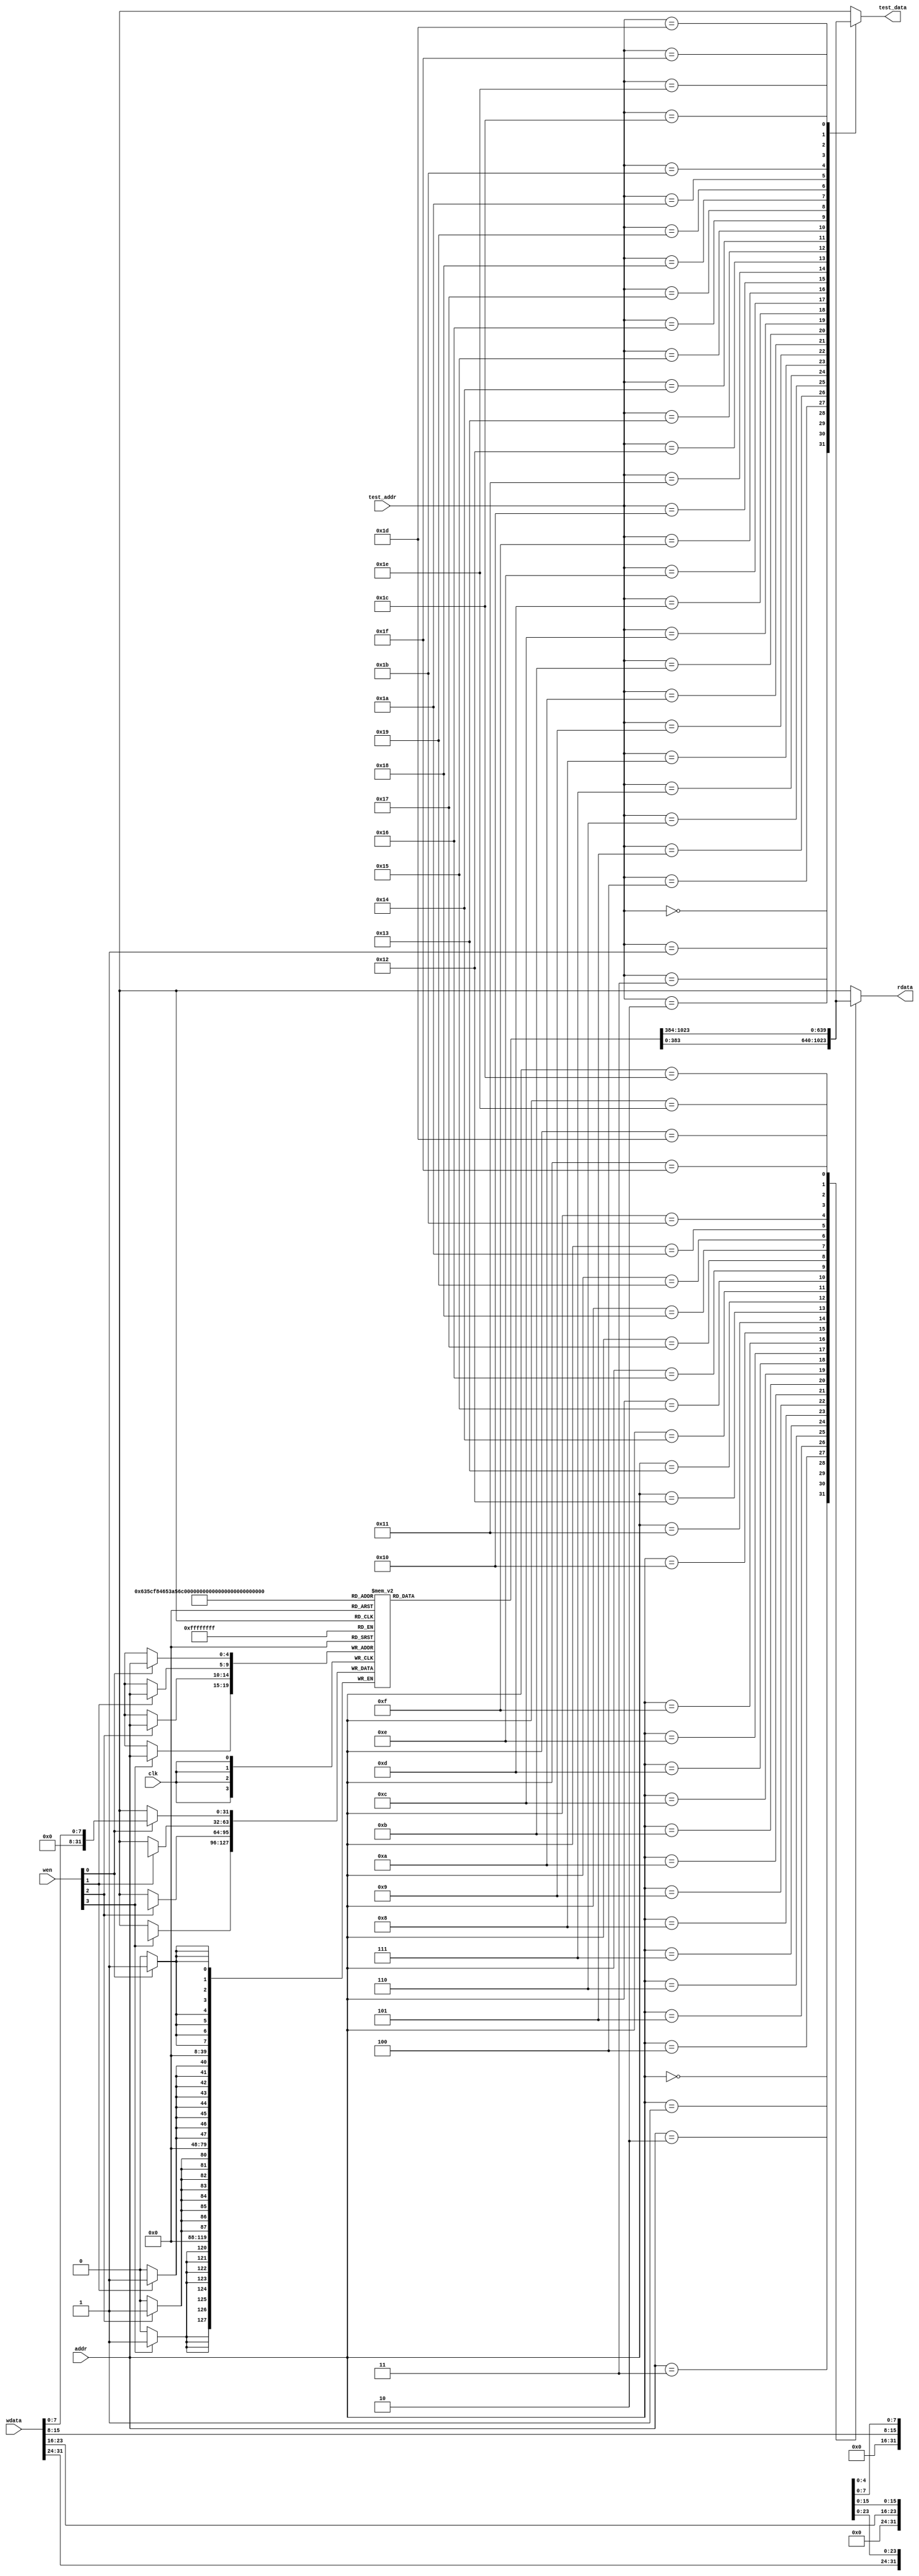
`timescale 1ns / 1ps

module data_ram(
    input         clk,         // 
    input  [3:0]  wen,         // 
    input  [4:0] addr,        // 
    input  [31:0] wdata,       // 
    output reg [31:0] rdata,       // 
    
    //
    input  [4 :0] test_addr,
    output reg [31:0] test_data
);
    reg [31:0] DM[31:0];  //7'b000_0000~7'b111_1111

    //
    always @(posedge clk)    // 1
    begin
        if (wen[3])
        begin
            DM[addr][31:24] <= wdata[31:24];
        end
    end
    always @(posedge clk)
    begin
        if (wen[2])
        begin
            DM[addr][23:16] <= wdata[23:16];
        end
    end
    always @(posedge clk)
    begin
        if (wen[1])
        begin
            DM[addr][15: 8] <= wdata[15: 8];
        end
    end
    always @(posedge clk)
    begin
        if (wen[0])
        begin
            DM[addr][7 : 0] <= wdata[7 : 0];
        end
    end
    
    //,4
    always @(*)
    begin
        case (addr)
            5'd0 : rdata <= DM[0 ];
            5'd1 : rdata <= DM[1 ];
            5'd2 : rdata <= DM[2 ];
            5'd3 : rdata <= DM[3 ];
            5'd4 : rdata <= DM[4 ];
            5'd5 : rdata <= DM[5 ];
            5'd6 : rdata <= DM[6 ];
            5'd7 : rdata <= DM[7 ];
            5'd8 : rdata <= DM[8 ];
            5'd9 : rdata <= DM[9 ];
            5'd10: rdata <= DM[10];
            5'd11: rdata <= DM[11];
            5'd12: rdata <= DM[12];
            5'd13: rdata <= DM[13];
            5'd14: rdata <= DM[14];
            5'd15: rdata <= DM[15];
            5'd16: rdata <= DM[16];
            5'd17: rdata <= DM[17];
            5'd18: rdata <= DM[18];
            5'd19: rdata <= DM[19];
            5'd20: rdata <= DM[20];
            5'd21: rdata <= DM[21];
            5'd22: rdata <= DM[22];
            5'd23: rdata <= DM[23];
            5'd24: rdata <= DM[24];
            5'd25: rdata <= DM[25];
            5'd26: rdata <= DM[26];
            5'd27: rdata <= DM[27];
            5'd28: rdata <= DM[28];
            5'd29: rdata <= DM[29];
            5'd30: rdata <= DM[30];
            5'd31: rdata <= DM[31];
        endcase
    end
    //
    always @(*)
    begin
        case (test_addr)
            5'd0 : test_data <= DM[0 ];
            5'd1 : test_data <= DM[1 ];
            5'd2 : test_data <= DM[2 ];
            5'd3 : test_data <= DM[3 ];
            5'd4 : test_data <= DM[4 ];
            5'd5 : test_data <= DM[5 ];
            5'd6 : test_data <= DM[6 ];
            5'd7 : test_data <= DM[7 ];
            5'd8 : test_data <= DM[8 ];
            5'd9 : test_data <= DM[9 ];
            5'd10: test_data <= DM[10];
            5'd11: test_data <= DM[11];
            5'd12: test_data <= DM[12];
            5'd13: test_data <= DM[13];
            5'd14: test_data <= DM[14];
            5'd15: test_data <= DM[15];
            5'd16: test_data <= DM[16];
            5'd17: test_data <= DM[17];
            5'd18: test_data <= DM[18];
            5'd19: test_data <= DM[19];
            5'd20: test_data <= DM[20];
            5'd21: test_data <= DM[21];
            5'd22: test_data <= DM[22];
            5'd23: test_data <= DM[23];
            5'd24: test_data <= DM[24];
            5'd25: test_data <= DM[25];
            5'd26: test_data <= DM[26];
            5'd27: test_data <= DM[27];
            5'd28: test_data <= DM[28];
            5'd29: test_data <= DM[29];
            5'd30: test_data <= DM[30];
            5'd31: test_data <= DM[31];
        endcase
    end
endmodule